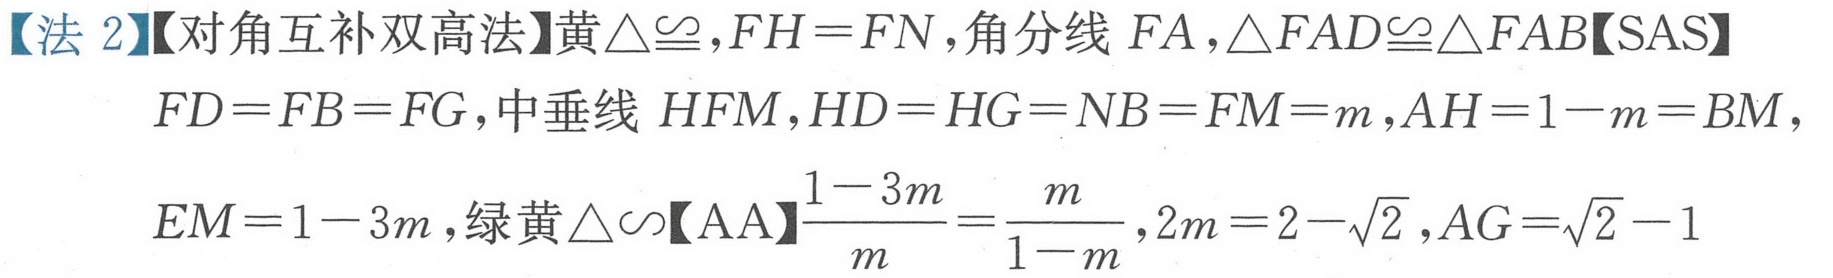
【法2】【对角互补双高法】黄\(\triangle\cong\)，\(FH = FN\)，角分线\(FA\)，\(\triangle FAD\cong\triangle FAB\)【SAS】
\(FD = FB = FG\)，中垂线\(HFM\)，\(HD = HG = NB = FM = m\)，\(AH = 1 - m = BM\)，
\(EM = 1 - 3m\)，绿黄\(\triangle\sim\)【AA】\(\dfrac{1 - 3m}{m}=\dfrac{m}{1 - m}\)，\(2m = 2-\sqrt{2}\)，\(AG=\sqrt{2}-1\)